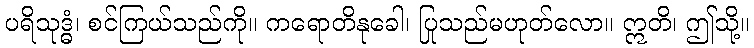
ပရိသုဒ္ဓံ၊ စင်ကြယ်သည်ကို။ ကရောတိနုခေါ၊ ပြုသည်မဟုတ်လော။ ဣတိ၊ ဤသို့။